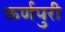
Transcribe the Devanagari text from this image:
कर्णपुरी